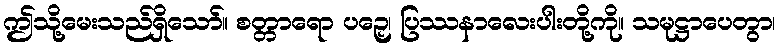
ဤသို့မေးသည်ရှိသော်။ စတ္တာရော ပဉှေ၊ ပြဿနာလေးပါးတို့ကို။ သမုဋ္ဌာပေတွာ၊